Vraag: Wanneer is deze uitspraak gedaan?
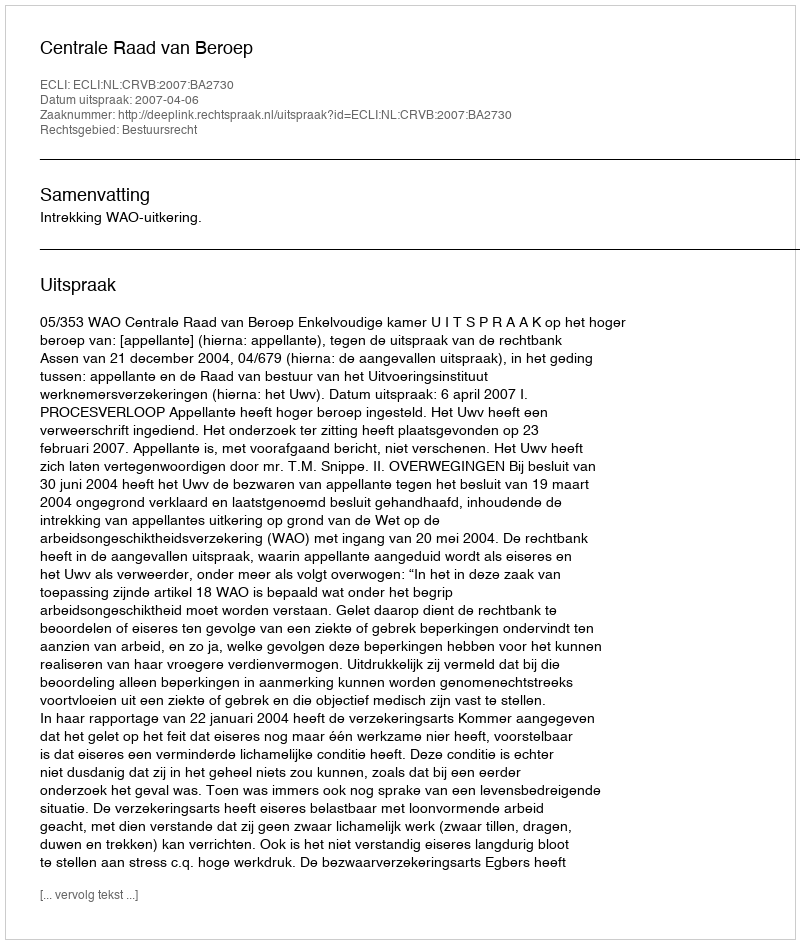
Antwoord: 2007-04-06